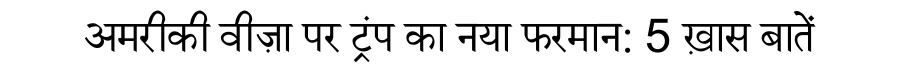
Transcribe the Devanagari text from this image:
अमरीकी वीज़ा पर ट्रंप का नया फरमान: 5 ख़ास बातें